Annual returns of the Patna Lunatic Asylum at Bankipore in Bihar and Orissa - 1912-1924
Year: 1912
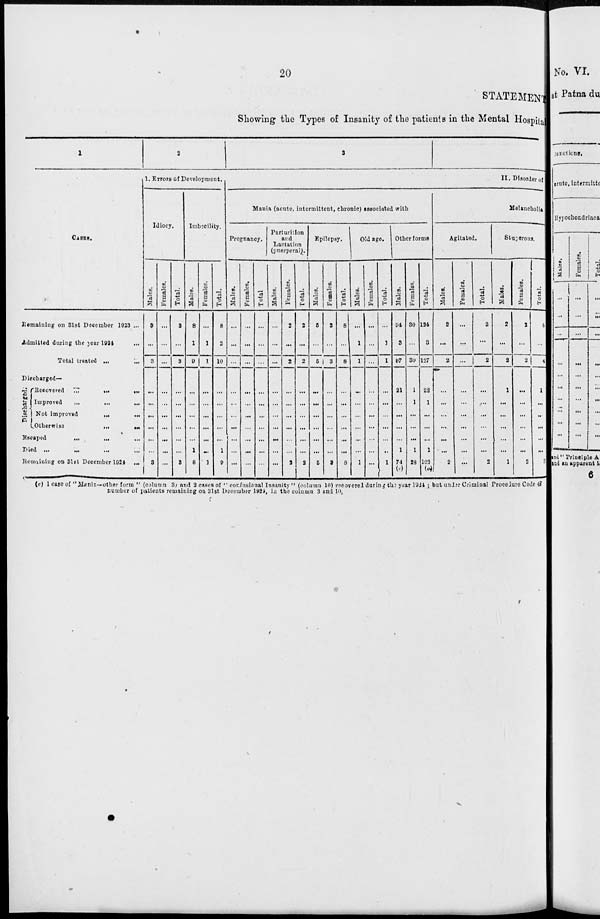
20
STATEMENT
Showing the Types of Insanity of the patients in the Mental Hospital
1
CASES.
Remaining on 31st December 1923 ...
Admitted during the year 1924 ...
Total treated ...
Discharged—
Discharged.
Recovercd
...
...
...
Improved
...
...
Not improved
...
...
Otherwise
...
...
Escaped
...
...
Died ... ... ... ...
Remaining on 31st December 1924 ...
2
1. Errors of Development.
Idiocy.
Males.
3
...
3
...
...
...
...
3
Females.
...
...
...
...
...
...
...
...
...
Total.
3
...
3
3
Imbecility.
Males.
8
1
9
...
...
...
...
1
8
Females.
...
1
1
...
...
...
...
...
1
Total.
8
2
10
...
...
...
...
1
9
3
II. Disorder of
Mania (acute, intermittent, chronic) associated with
Pregnancy.
Males.
...
...
...
...
...
...
...
Females,
...
...
...
...
...
...
...
...
...
Total
...
...
...
...
...
....
...
...
Parturition
and
Lactation
(puerperal).
Males.
...
...
...
...
...
...
...
...
...
Females.
2
...
2
...
...
...
2
Total.
2
...
2
...
...
...
...
2
Epilepsy.
Males.
5
...
5
...
...
...
...
...
5
Females.
3
...
3
...
...
...
...
3
Total.
8
...
8
...
...
...
...
8
Old age.
Males.
...
1
1
...
...
...
...
...
1
Females.
...
...
...
...
...
...
...
...
...
Total.
...
1
I
...
...
...
..
1
Other forms
Males.
94
3
97
21
...
...
1
74
(c)
Females.
30
...
30
1
1
...
...
1
28
Total.
124
3
137
22
1
...
...
1
103
(a)
Melancholia
Agilated.
Males.
2
...
2
...
...
...
...
...
2
Females.
...
...
...
...
...
...
...
...
Total.
2
...
2
...
...
...
...
...
2
Stuperous.
Males.
2
...
2
1
...
...
...
...
1
Females.
2
...
2
...
...
...
...
...
2
Total.
4
4
1
...
...
...
...
3
(c) 1 case of "Mania—other form " (column 3; and 2 cases of '' confusional Insanity " (column 10) recovered during the year 1924; but under Criminal Procedure Code 47
number of patients remaining on 31st December 1924, in the column 3 and 10,